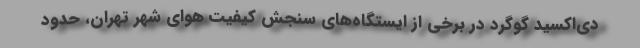
دی‌اکسید گوگرد در برخی از ایستگاه‌های سنجش کیفیت هوای شهر تهران، حدود